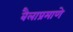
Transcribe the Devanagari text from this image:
बैलाप्रमाणे